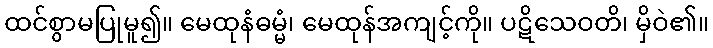
ထင်စွာမပြုမူ၍။ မေထုနံဓမ္မံ၊ မေထုန်အကျင့်ကို။ ပဋိသေဝတိ၊ မှိဝဲ၏။